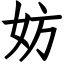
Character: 妨